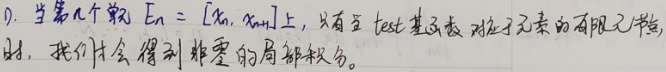
1. 当第 \(n\) 个单元 \(E_{n}=[x_{n},x_{n + 1}]\) 上，只有当 test 基函数对应于元素的有限元节点时，我们才会得到非零的局部积分。